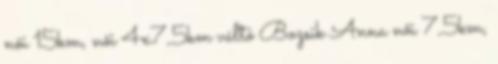
női 15km, női 4x7,5km váltó Bozsik Anna női 7,5km,